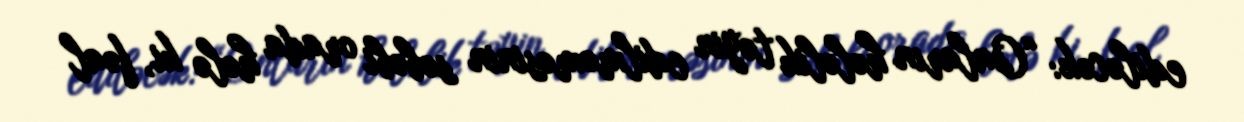
ediləcək: “Onların hələlik təyin edilməməsinin səbəbi orada hələ ki, fəal